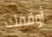
أوقفك